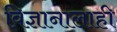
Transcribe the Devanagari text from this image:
विज्ञानालाही